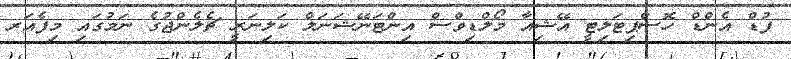
ފުޑް އެންޑް ހޮސްޕިޓަލިޓީ އޭޝިއާ މޯލްޑިވްސް އިންޓަނޭޝަނަލް ކަލިނަރީ ޗެލެންޖުގެ ނަމުގައި މިފެއަރ